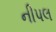
નીપલ